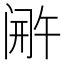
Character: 𬮫